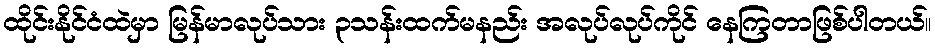
ထိုင်းနိုင်ငံထဲမှာ မြန်မာလုပ်သား ၃သန်းထက်မနည်း အလုပ်လုပ်ကိုင် နေကြတာဖြစ်ပါတယ်။